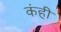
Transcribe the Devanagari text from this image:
कंही